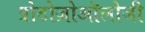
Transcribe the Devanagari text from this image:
प्रोटोज़ोऑलोजी